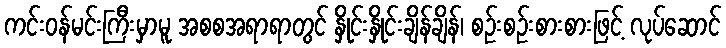
ကင်းဝန်မင်းကြီးမှာမူ အစစအရာရာတွင် နှိုင်းနှိုင်းချိန်ချိန်၊ စဉ်းစဉ်းစားစားဖြင့် လုပ်ဆောင်